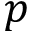
p